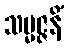
သမ္မဇ္ဇနိံ